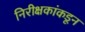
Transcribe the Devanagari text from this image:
निरीक्षकांकडून